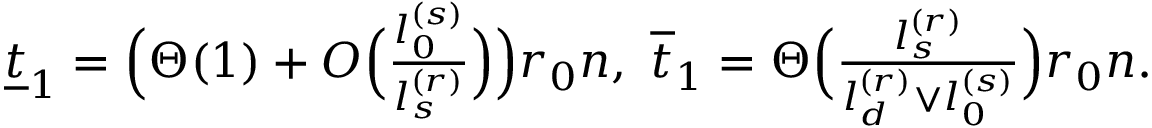
\begin{array} { r } { \underline { { t } } _ { 1 } = \Big ( \Theta ( 1 ) + O \Big ( \frac { l _ { 0 } ^ { ( s ) } } { l _ { s } ^ { ( r ) } } \Big ) \Big ) r _ { 0 } n , ~ \overline { { t } } _ { 1 } = \Theta \Big ( \frac { l _ { s } ^ { ( r ) } } { l _ { d } ^ { ( r ) } \vee l _ { 0 } ^ { ( s ) } } \Big ) r _ { 0 } n . } \end{array}